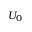
U _ { 0 }